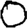
Digit: 0